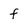
Character: f